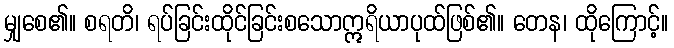
မျှစေ၏။ စရတိ၊ ရပ်ခြင်းထိုင်ခြင်းစသောဣရိယာပုထ်ဖြစ်၏။ တေန၊ ထိုကြောင့်။